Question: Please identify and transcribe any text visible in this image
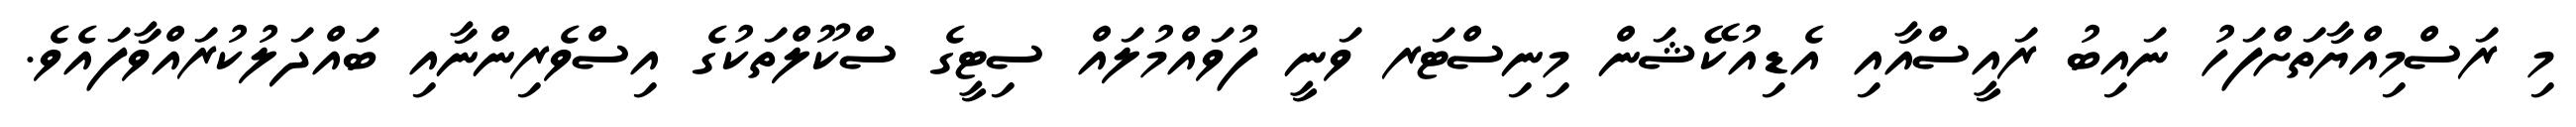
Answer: މި ރަސްމިއްޔާތަށްފަހު ނައިބު ރައީސްއާއި އެޑިއުކޭޝަން މިނިސްޓަރ ވަނީ ފުވައްމުލައް ސިޓީގެ ސްކޫލްތަކުގެ އިސްވެރިންނާއި ބައްދަލުކުރައްވާފައެވެ.